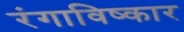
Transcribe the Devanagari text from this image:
रंगाविष्कार